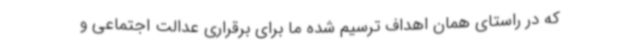
که در راستای همان اهداف ترسیم شده ما برای برقراری عدالت اجتماعی و